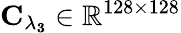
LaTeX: \mathbf{C_{\lambda_{3}}}\in\mathbb{R}^{128\times 128}